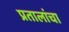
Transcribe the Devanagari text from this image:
प्रतालांचा